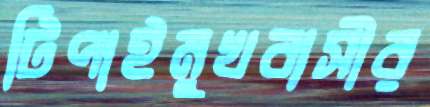
টিপাইমুখবাসীর